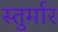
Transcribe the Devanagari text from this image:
स्तुर्मार